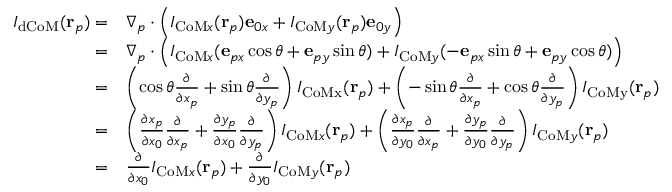
\begin{array} { r l } { I _ { \mathrm { d C o M } } ( \mathbf { r } _ { p } ) = } & { \nabla _ { p } \cdot \left( I _ { \mathrm { C o M } x } ( \mathbf { r } _ { p } ) \mathbf { e } _ { 0 x } + I _ { \mathrm { C o M } y } ( \mathbf { r } _ { p } ) \mathbf { e } _ { 0 y } \right) } \\ { = } & { \nabla _ { p } \cdot \left( I _ { \mathrm { C o M } x } ( \mathbf { e } _ { p x } \cos \theta + \mathbf { e } _ { p y } \sin \theta ) + I _ { \mathrm { C o M } y } ( - \mathbf { e } _ { p x } \sin \theta + \mathbf { e } _ { p y } \cos \theta ) \right) } \\ { = } & { \left( \cos \theta \frac { \partial } { \partial x _ { p } } + \sin \theta \frac { \partial } { \partial y _ { p } } \right) I _ { \mathrm { C o M x } } ( \mathbf { r } _ { p } ) + \left( - \sin \theta \frac { \partial } { \partial x _ { p } } + \cos \theta \frac { \partial } { \partial y _ { p } } \right) I _ { \mathrm { C o M y } } ( \mathbf { r } _ { p } ) } \\ { = } & { \left( \frac { \partial x _ { p } } { \partial x _ { 0 } } \frac { \partial } { \partial x _ { p } } + \frac { \partial y _ { p } } { \partial x _ { 0 } } \frac { \partial } { \partial y _ { p } } \right) I _ { \mathrm { C o M } x } ( \mathbf { r } _ { p } ) + \left( \frac { \partial x _ { p } } { \partial y _ { 0 } } \frac { \partial } { \partial x _ { p } } + \frac { \partial y _ { p } } { \partial y _ { 0 } } \frac { \partial } { \partial y _ { p } } \right) I _ { \mathrm { C o M } y } ( \mathbf { r } _ { p } ) } \\ { = } & { \frac { \partial } { \partial x _ { 0 } } I _ { \mathrm { C o M } x } ( \mathbf { r } _ { p } ) + \frac { \partial } { \partial y _ { 0 } } I _ { \mathrm { C o M } y } ( \mathbf { r } _ { p } ) } \end{array}